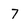
Character: 7